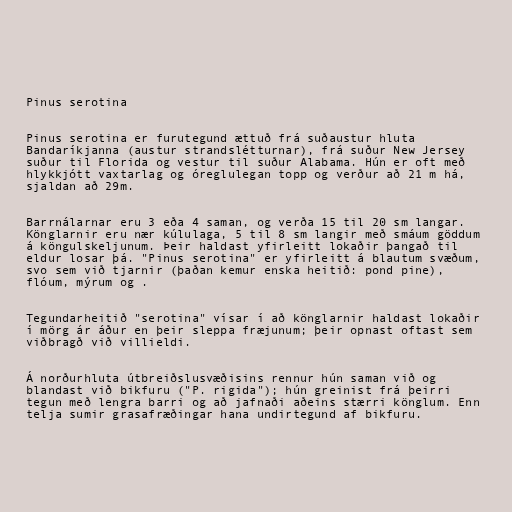
Pinus serotina

Pinus serotina er furutegund ættuð frá suðaustur hluta
Bandaríkjanna (austur strandslétturnar), frá suður New Jersey
suður til Florida og vestur til suður Alabama. Hún er oft með
hlykkjótt vaxtarlag og óreglulegan topp og verður að 21 m há,
sjaldan að 29m.

Barrnálarnar eru 3 eða 4 saman, og verða 15 til 20 sm langar.
Könglarnir eru nær kúlulaga, 5 til 8 sm langir með smáum göddum
á köngulskeljunum. Þeir haldast yfirleitt lokaðir þangað til
eldur losar þá. "Pinus serotina" er yfirleitt á blautum svæðum,
svo sem við tjarnir (þaðan kemur enska heitið: pond pine),
flóum, mýrum og .

Tegundarheitið "serotina" vísar í að könglarnir haldast lokaðir
í mörg ár áður en þeir sleppa fræjunum; þeir opnast oftast sem
viðbragð við villieldi.

Á norðurhluta útbreiðslusvæðisins rennur hún saman við og
blandast við bikfuru ("P. rigida"); hún greinist frá þeirri
tegun með lengra barri og að jafnaði aðeins stærri könglum. Enn
telja sumir grasafræðingar hana undirtegund af bikfuru.